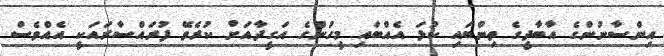
އިންސާނުންގެ އާބާދީގެ ތިންބައި ކުޅަ އެއްބައި މީހުންގެ އަގީދާއަށް ކުރެވޭ ފުރައްސާރައަކީ އެއްވެސް